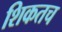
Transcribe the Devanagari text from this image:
शिकतच